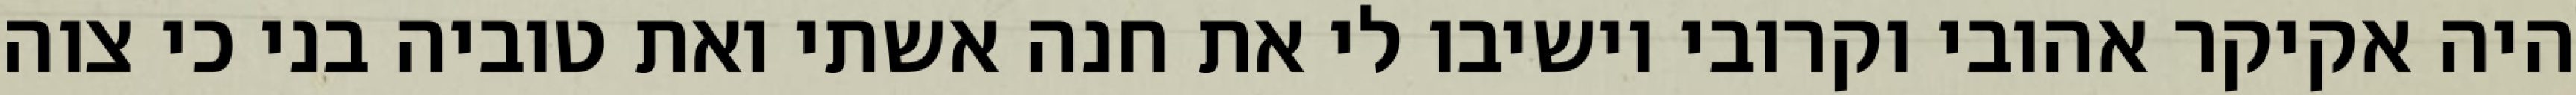
היה אקיקר אהובי וקרובי וישיבו לי את חנה אשתי ואת טוביה בני כי צוה